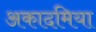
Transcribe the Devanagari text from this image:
अकादमिया